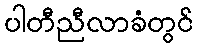
ပါတီညီလာခံတွင်